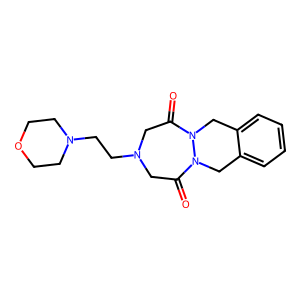
SMILES: O=C1CN(CCN2CCOCC2)CC(=O)N2Cc3ccccc3CN12
Inhibits HIV replication: No